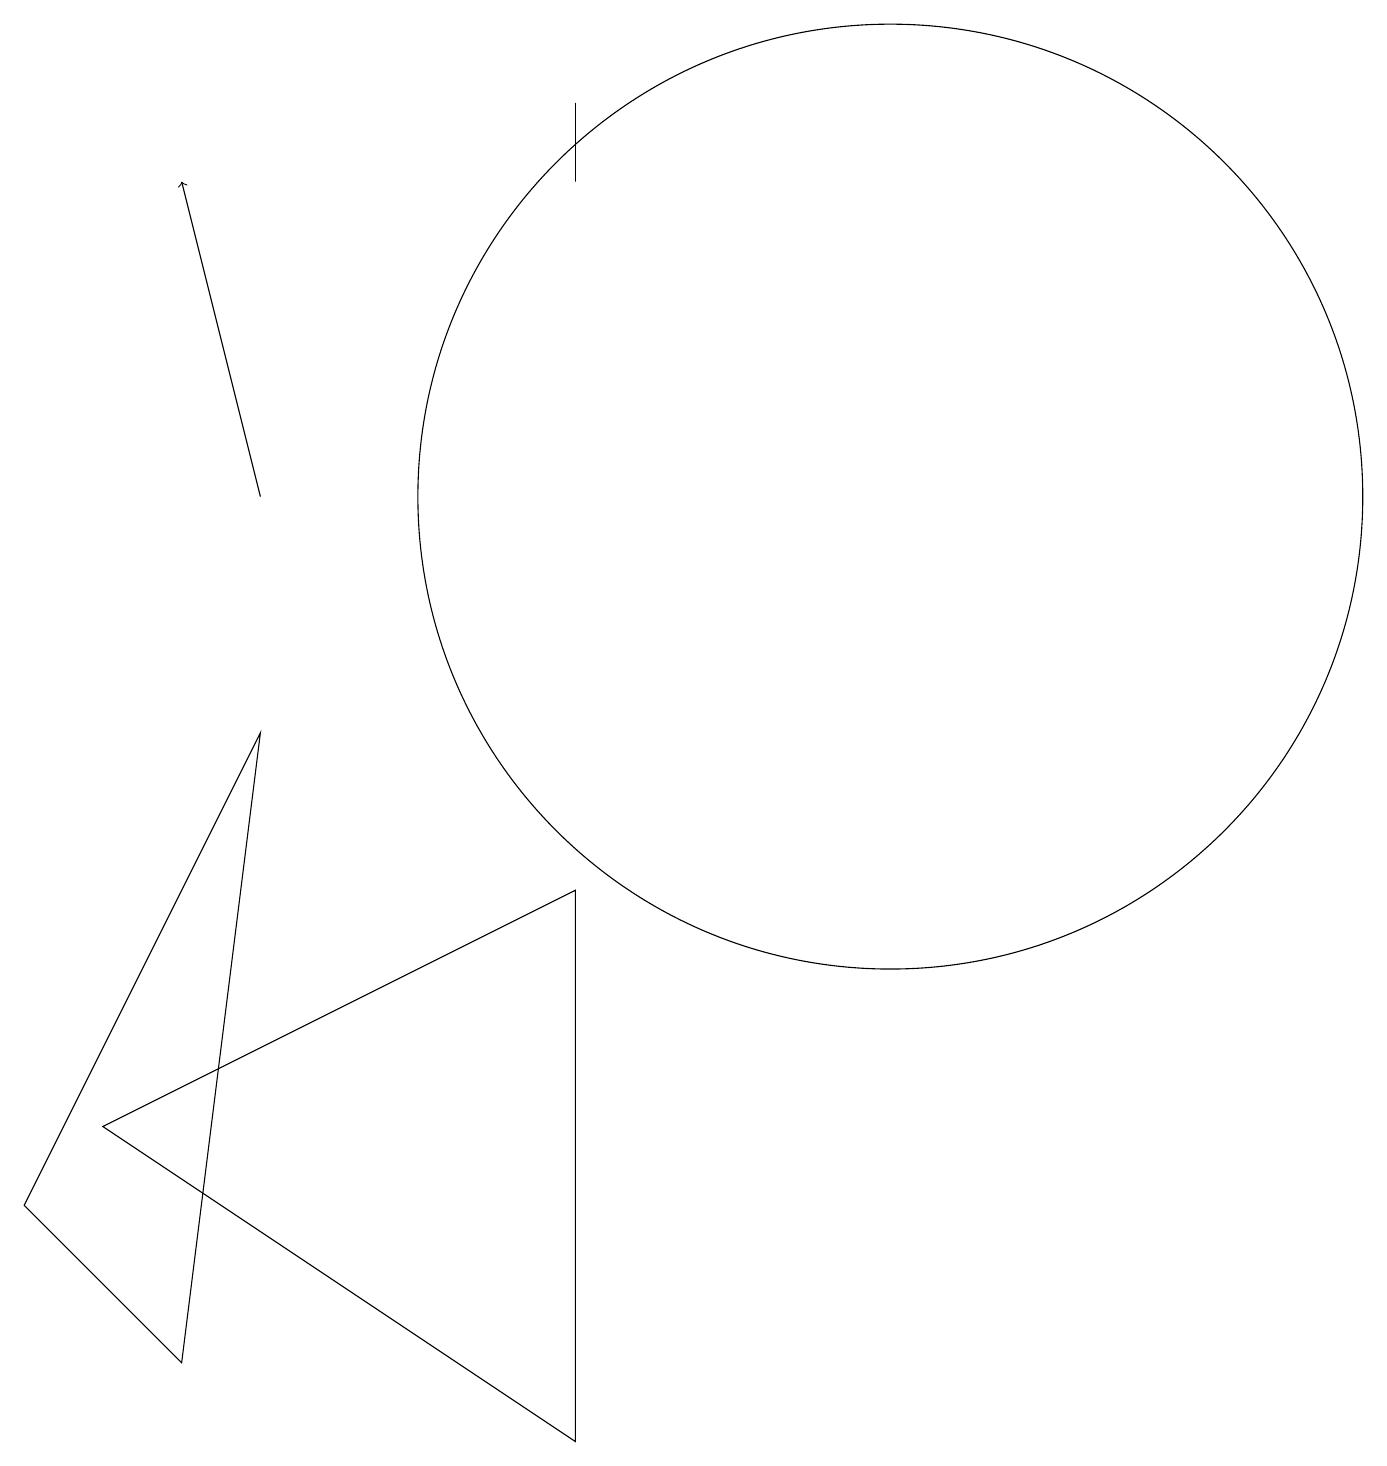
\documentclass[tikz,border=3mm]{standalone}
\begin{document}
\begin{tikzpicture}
\draw (12,12) circle (6);
\draw[->] (4,12) -- (3,16);
\draw (3,1) -- (1,3) -- (4,9) -- cycle;
\draw (8,0) -- (2,4) -- (8,7) -- cycle;
\draw (8,17) rectangle (8,16);
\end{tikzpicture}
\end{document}